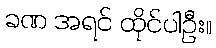
ခဏ အရင် ထိုင်ပါဦး။